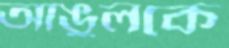
আঙুলকে